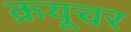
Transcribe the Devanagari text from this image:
क्रयूचर